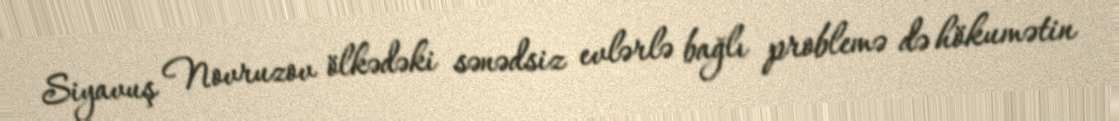
Siyavuş Novruzov ölkədəki sənədsiz evlərlə bağlı problemə də hökumətin